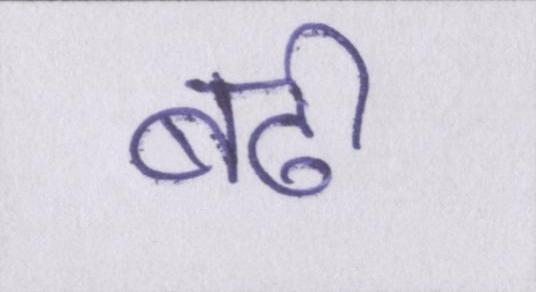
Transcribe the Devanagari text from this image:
बढ़ी